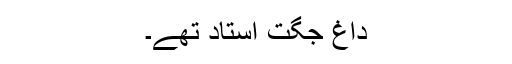
داغ جگت استاد تھے۔